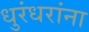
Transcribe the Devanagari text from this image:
धुरंधरांना